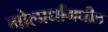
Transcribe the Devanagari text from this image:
गोलार्धांमधील